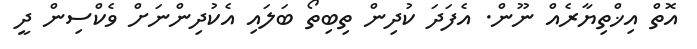
އޮތް އިޚްތިޔާރެއް ނޫން. އެފަދަ ކުދިން ތިބިތޯ ބަލައި އެކުދިންނަށް ވެކްސިން ދީ